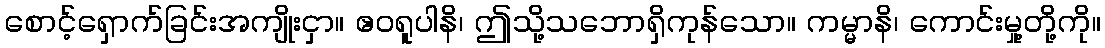
စောင့်ရှောက်ခြင်းအကျိုးငှာ။ ဧဝရူပါနိ၊ ဤသို့သဘောရှိကုန်သော။ ကမ္မာနိ၊ ကောင်းမှု့တို့ကို။